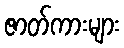
ဇာတ်ကားများ